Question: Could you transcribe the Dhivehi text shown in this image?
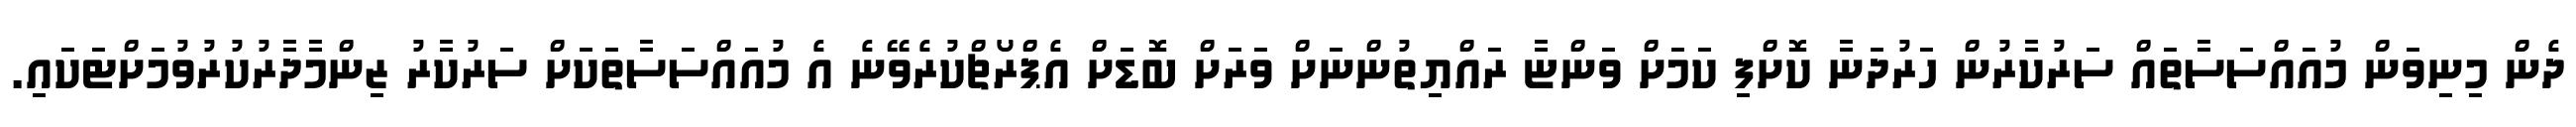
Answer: ދެން މިނިވަން މުއައްސަސާތައް ސަރުކާރުން ހަރުދަނާ ކޮށްފި ކަމަށް ވަންޏާ ރައްޔިތުންނަށް ވަރަށް ބޮޑަށް އެޕްރޯޗްކުރެވޭނެ އެ މުއައްސަސާތަކަށް ސަރުކާރު ޒިންމާދާރުކުރުވުމަށްޓަކައި.